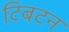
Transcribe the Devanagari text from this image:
टिबटन